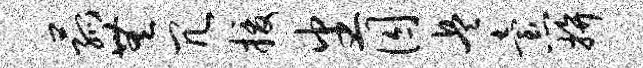
菰无冗援番囚兵怠拚